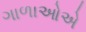
ગાળાઓએ